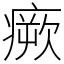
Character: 瘚